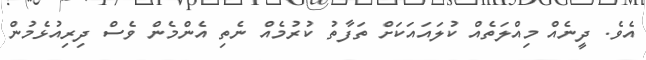
އެވެ. ދީނެއް މިއްލަތެއް ކުލައައަކަށް ތަފާތު ކުރުމެއް ނެތި އެންމެން ވެސް ދިރިއުޅެމުން